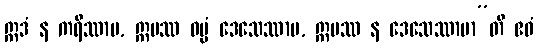
ဣဒံ န ကရိဿာမ, ဣမဿ ဓမ္မံ ဒေသေဿာမ, ဣမဿ န ဒေသေဿာမာ”တိ ဧဝံ